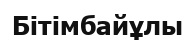
Бітімбайұлы